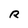
Character: R